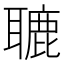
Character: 𦗓